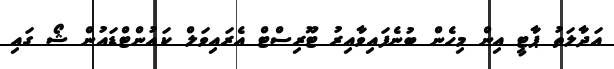
އަދާލަތު ޕާޓީ އިން މިހެން ބުނެފައިވާއިރު ޓޫރިސްޓް އެރައިވަލް ކައުންޓްޑައުން ޝޯ ގައި